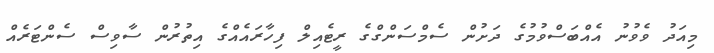
މިއަދު ވެވުނު އެއްބަސްވުމުގެ ދަށުން ސެމްސަންގްގެ ރީޓެއިލް ފިހާރައެއްގެ އިތުރުން ސާވިސް ސެންޓަރެއް